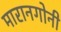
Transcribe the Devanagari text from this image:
मारानगोनी